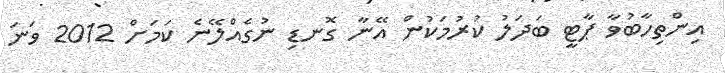
އިންތިހާބުވާ ޕާޓީ ބަދަލު ކުރުމަކުން އޭނާ ގޮނޑި ނުގެއްލޭނެ ކަމަށް 2012 ވަނަ